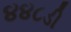
૪૪૮ડી